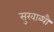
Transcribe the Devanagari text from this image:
सुखाब्धौ